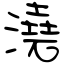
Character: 澆